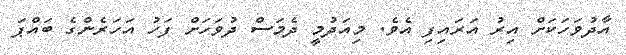
އާދުވަހަކަށް އިރު އަރައިފި އެވެ. މިއަދުމީ ދެމަސް ދުވަހަށް ފަހު އަހަރެންގެ ބައްޕަ